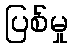
ပြစ်မှု